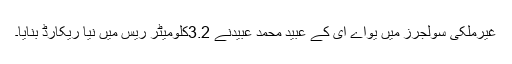
غیرملکی سولجرز میں یواے ای کے عبید محمد عبیدنے 3.2کلومیٹر ریس میں نیا ریکارڈ بنایا۔